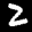
Label: 2